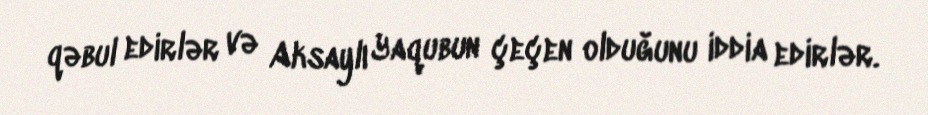
qəbul edirlər və Aksaylı Yaqubun çeçen olduğunu iddia edirlər.